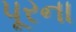
પૂરના